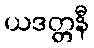
ယဒတ္တနီ